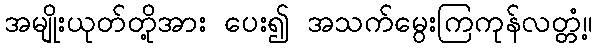
အမျိုးယုတ်တို့အား ပေး၍ အသက်မွေးကြကုန်လတ္တံ့။